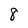
Character: 8